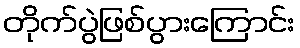
တိုက်ပွဲဖြစ်ပွားကြောင်း